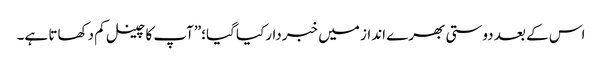
اس کے بعد دوستی بھرے انداز میں خبردارکیا گیا؛”آپ کا چینل کم دکھاتا ہے۔